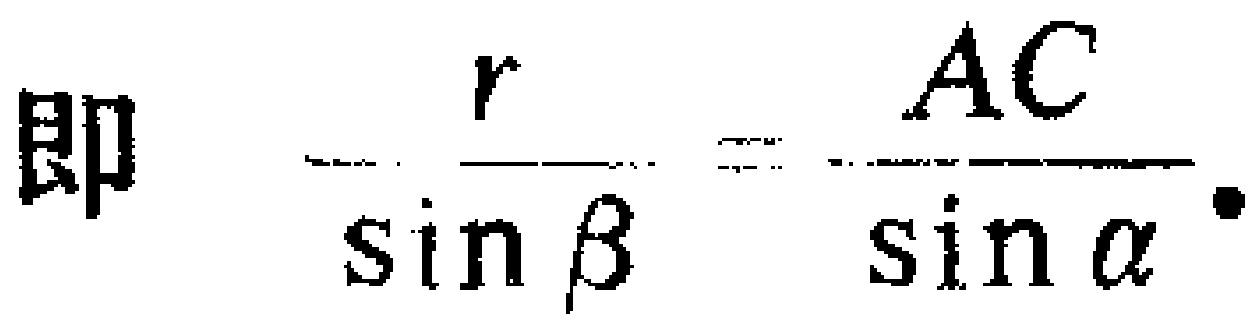
即 $\frac{r}{\sin\beta}=\frac{AC}{\sin\alpha}.$